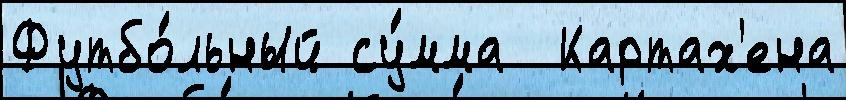
Футбо́льный су́мма  Картах'ена